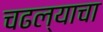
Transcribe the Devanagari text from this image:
चढल्याचा